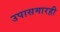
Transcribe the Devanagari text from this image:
उपासमारही